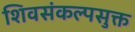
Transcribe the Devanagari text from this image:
शिवसंकल्पसुक्त